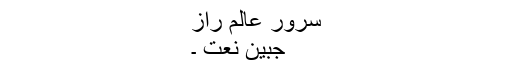
سرور عالم راز
جبینِ نعت ۔